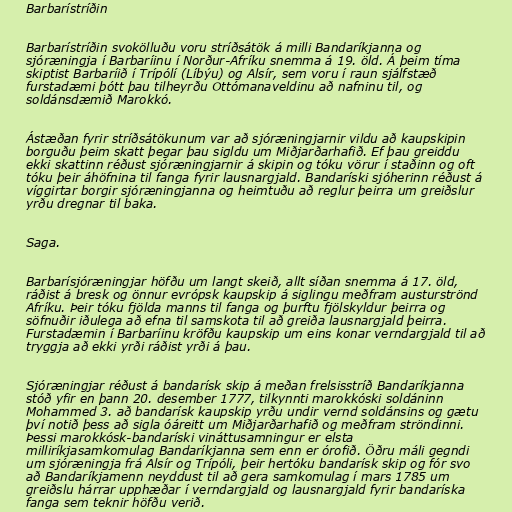
Barbarístríðin

Barbarístríðin svokölluðu voru stríðsátök á milli Bandaríkjanna og
sjóræningja í Barbaríinu í Norður-Afríku snemma á 19. öld. Á þeim tíma
skiptist Barbaríið í Trípólí (Líbýu) og Alsír, sem voru í raun sjálfstæð
furstadæmi þótt þau tilheyrðu Ottómanaveldinu að nafninu til, og
soldánsdæmið Marokkó.

Ástæðan fyrir stríðsátökunum var að sjóræningjarnir vildu að kaupskipin
borguðu þeim skatt þegar þau sigldu um Miðjarðarhafið. Ef þau greiddu
ekki skattinn réðust sjóræningjarnir á skipin og tóku vörur í staðinn og oft
tóku þeir áhöfnina til fanga fyrir lausnargjald. Bandaríski sjóherinn réðust á
víggirtar borgir sjóræningjanna og heimtuðu að reglur þeirra um greiðslur
yrðu dregnar til baka.

Saga.

Barbarísjóræningjar höfðu um langt skeið, allt síðan snemma á 17. öld,
ráðist á bresk og önnur evrópsk kaupskip á siglingu meðfram austurströnd
Afríku. Þeir tóku fjölda manns til fanga og þurftu fjölskyldur þeirra og
söfnuðir iðulega að efna til samskota til að greiða lausnargjald þeirra.
Furstadæmin í Barbaríinu kröfðu kaupskip um eins konar verndargjald til að
tryggja að ekki yrði ráðist yrði á þau.

Sjóræningjar réðust á bandarísk skip á meðan frelsisstríð Bandaríkjanna
stóð yfir en þann 20. desember 1777, tilkynnti marokkóski soldáninn
Mohammed 3. að bandarísk kaupskip yrðu undir vernd soldánsins og gætu
því notið þess að sigla óáreitt um Miðjarðarhafið og meðfram ströndinni.
Þessi marokkósk-bandaríski vináttusamningur er elsta
milliríkjasamkomulag Bandaríkjanna sem enn er órofið. Öðru máli gegndi
um sjóræningja frá Alsír og Trípóli, þeir hertóku bandarísk skip og fór svo
að Bandaríkjamenn neyddust til að gera samkomulag í mars 1785 um
greiðslu hárrar upphæðar í verndargjald og lausnargjald fyrir bandaríska
fanga sem teknir höfðu verið.